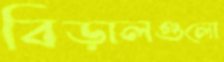
বিড়ালগুলো